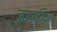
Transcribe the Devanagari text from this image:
जगपतिया